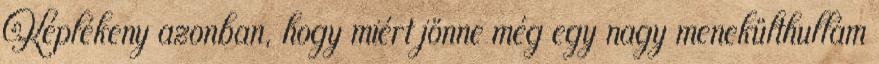
Képlékeny azonban, hogy miért jönne még egy nagy menekülthullám